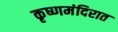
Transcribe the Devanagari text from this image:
कृष्णमंदिरात